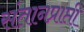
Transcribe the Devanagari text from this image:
संतानप्राप्ती